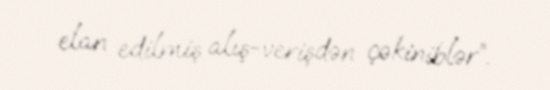
elan edilmiş alış-verişdən çəkiniblər”.